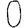
Digit: 0